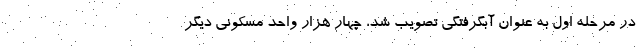
در مرحله اول به عنوان آبگرفتگی تصویب شد، چهار هزار واحد مسکونی دیگر